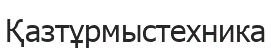
Қазтұрмыстехника